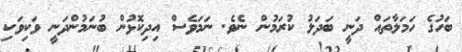
ބަހުގެ ހަމަލާތައް ދަނީ ބަދަލު ކުރަމުން ނެވެ. ނަމަވެސް އިދިކޮޅުން ބުނަމުންދަނީ ވަކިވަކި